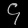
Digit: ၄